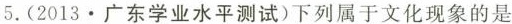
5.(2013·广东学业水平测试)下列属于文化现象的是